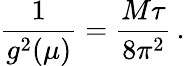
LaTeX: \frac{1}{g^{2}(\mu)}=\frac{M\tau}{8\pi^{2}}\, .